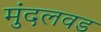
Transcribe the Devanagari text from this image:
मुंदलवड